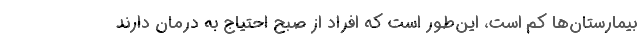
بیمارستان‌ها کم است، این‌طور است که افراد از صبح احتیاج به درمان دارند